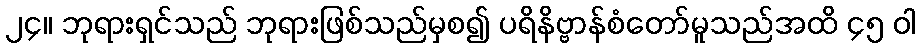
၂၄။ ဘုရားရှင်သည် ဘုရားဖြစ်သည်မှစ၍ ပရိနိဗ္ဗာန်စံတော်မူသည်အထိ ၄၅ ဝါ